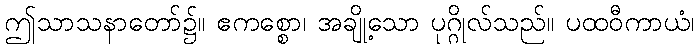
ဤသာသနာတော်၌။ ဧကစ္စော၊ အချို့သော ပုဂ္ဂိုလ်သည်။ ပထဝီကာယံ၊